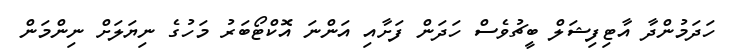
ހަދަމުންދާ އާޓިފިޝަލް ބީޗުވެސް ހަދަން ފަށާއި އަންނަ އޮކްޓޯބަރު މަހުގެ ނިޔަލަށް ނިންމަން